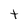
Character: t